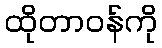
ထိုတာဝန်ကို